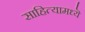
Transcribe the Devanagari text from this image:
साहित्यामध्यॆ